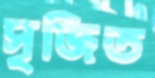
সৃজিত